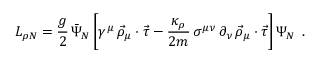
{ \cal L } _ { \rho N } = \frac { g } { 2 } \, \bar { \Psi } _ { N } \, \biggl [ \gamma ^ { \mu } \, \vec { \rho } _ { \mu } \cdot \vec { \tau } - \frac { \kappa _ { \rho } } { 2 m } \, \sigma ^ { \mu \nu } \, \partial _ { \nu } \, \vec { \rho } _ { \mu } \cdot \vec { \tau } \biggr ] \, \Psi _ { N } \, \, \, .